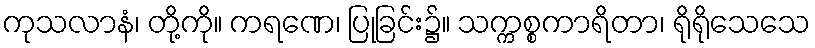
ကုသလာနံ၊ တို့ကို။ ကရဏေ၊ ပြုခြင်း၌။ သက္ကစ္စကာရိတာ၊ ရိုရိုသေသေ